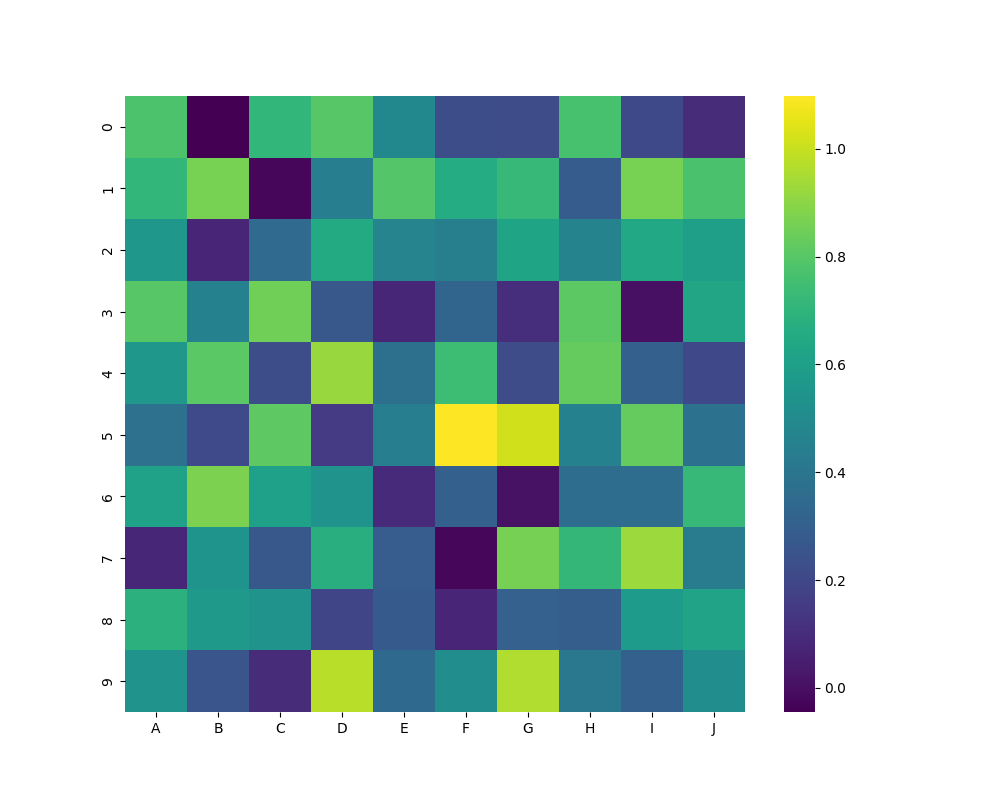
python, seaborn, heatmap, cmap='viridis', linewidths=0.0, center=none